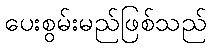
ပေးစွမ်းမည်ဖြစ်သည်